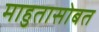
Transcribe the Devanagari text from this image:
माहुतासोबत